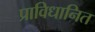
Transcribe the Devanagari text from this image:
प्राविधानित